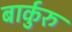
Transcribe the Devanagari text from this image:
बार्कुरु